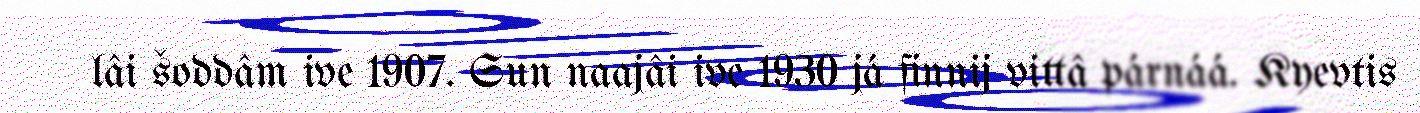
lâi šoddâm ive 1907. Sun naajâi ive 1930 já finnij vittâ párnáá. Kyevtis